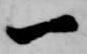
一